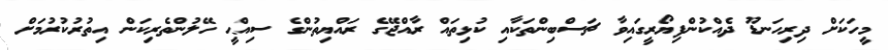
މީހަކަށް ދިރިހަނޑޫ ދެއްކުންފިޔޯރީގައިވާ ޗަސްބިންތަކާއި ކުޅިތައް ރާއްޖޭގެ ރައްޔިތުންގެ ސިއްޙީ ހޭލުންތެރިކަން އިތުރުކުރުމަށް